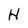
Character: H